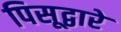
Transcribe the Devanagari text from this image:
पिसूद्वारे